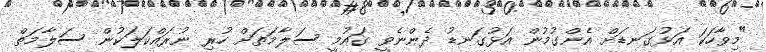
"މިވާހަކަ އަޅުގަނޑަށް އެންގުމުން އަޅުގަނޑު ދެންނެވީ ގައުމީ ސަލާމަތަށް ހުރި ނުރައްކަލަކުން ސަލާމަތް